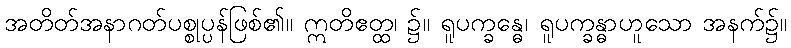
အတိတ်အနာဂတ်ပစ္စုပ္ပန်ဖြစ်၏။ ဣတိဧတ္ထ၊ ၌။ ရူပက္ခန္ဓေ၊ ရူပက္ခန္ဓာဟူသော အနက်၌။